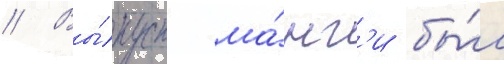
// Вы́пуск ма́нг'и бы́л